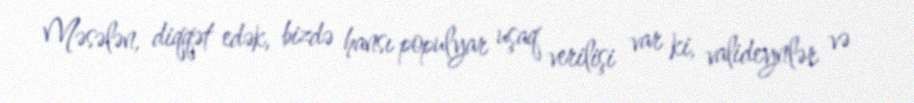
Məsələn, diqqət edək, bizdə hansı populyar uşaq verilişi var ki, valideynlər və